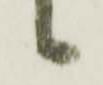
候